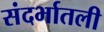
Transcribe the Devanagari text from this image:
संदर्भातली